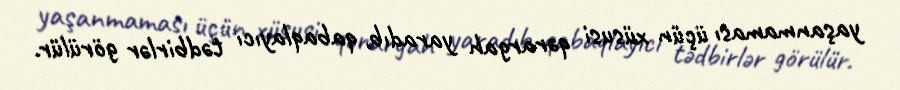
yaşanmaması üçün xüsusi qərargah yaradıb, qabaqlayıcı tədbirlər görülür.